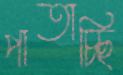
পাতাচ্ছি